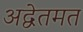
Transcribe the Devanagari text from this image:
अद्वेतमत